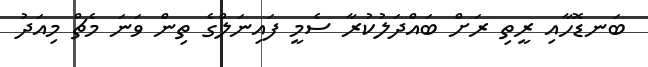
ބަނޑޮހާއި ރީތި ރަށް ބައްދަލުކުރާ ސެމީ ފައިނަލްގެ ތިން ވަނަ މެޗް މިއަދު